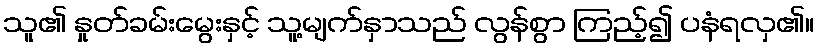
သူ၏ နှုတ်ခမ်းမွေးနှင့် သူ့မျက်နှာသည် လွန်စွာ ကြည့်၍ ပနံရလှ၏။